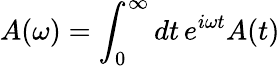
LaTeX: A(\omega)=\int_{0}^{\infty}dt\, e^{i\omega t}A(t)